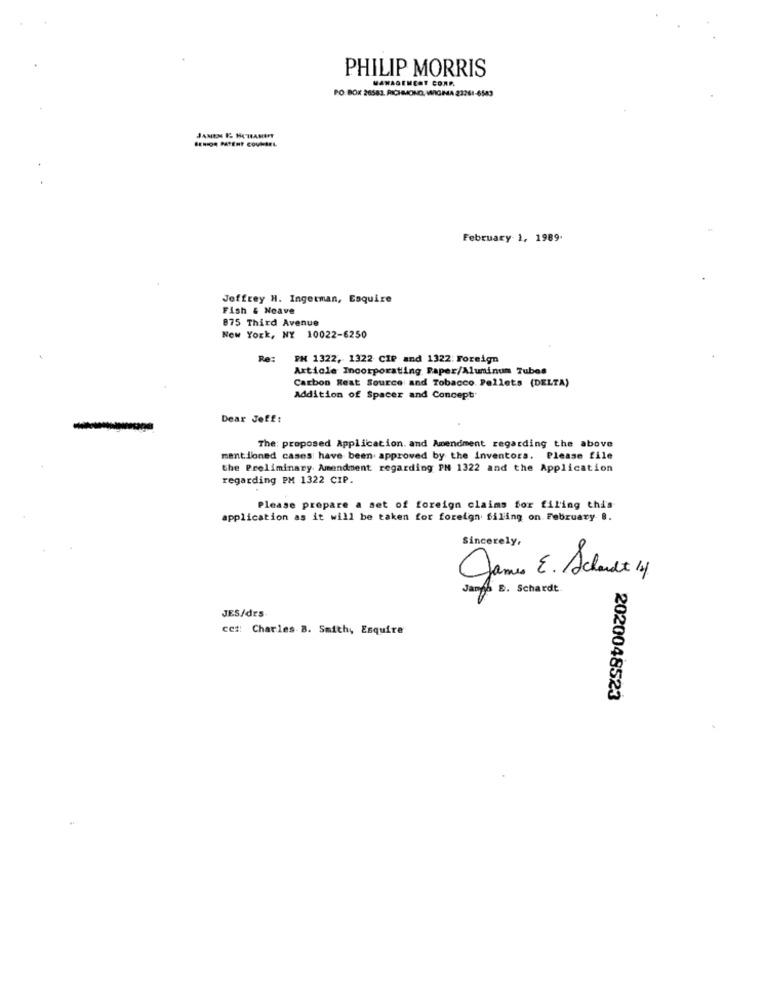
PHILIP MORRIS
MANAGEMENT CORA.
PO BOX 26583, RICHMOND, WIGMA 23261-6543
SENIOR PATENT COVISEL
JAMEN & HORAMENT
February 1, 1989.
Jeffrey H. Ingetman, Esquire
Fish & Neave
875 Third Avenue
New York, NY 10022-6250
Re:
PN 1322, 1322 CIP and 1322: Foreign
Article Incorporating Paper/Aluminum Tubos
Carbon Reat Source and Tobacco Pellets (DELTA)
Addition of Spacer and Concept
Dear Jeff:
The: proposed Application. and Amendment regarding the above
mentioned cases have been approved by the inventors. Please file
the Preliminary Amendment regarding PN 1322 and the Application
regarding PM 1322 CIP.
Please prepare a set of foreign claims for filing this
application as it will be taken for foreign filing on February B.
Sincerely,
Jamen E. Schade 14
B. Schardt.
JES/drs.
cc :: Charles B. Smith, Esquire
2020048523